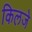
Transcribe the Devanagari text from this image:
किलजे